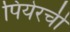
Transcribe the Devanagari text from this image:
पियेरची